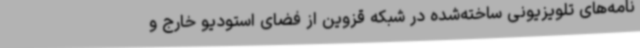
نامه‌های تلویزیونی ساخته‌شده در شبکه قزوین از فضای استودیو خارج و